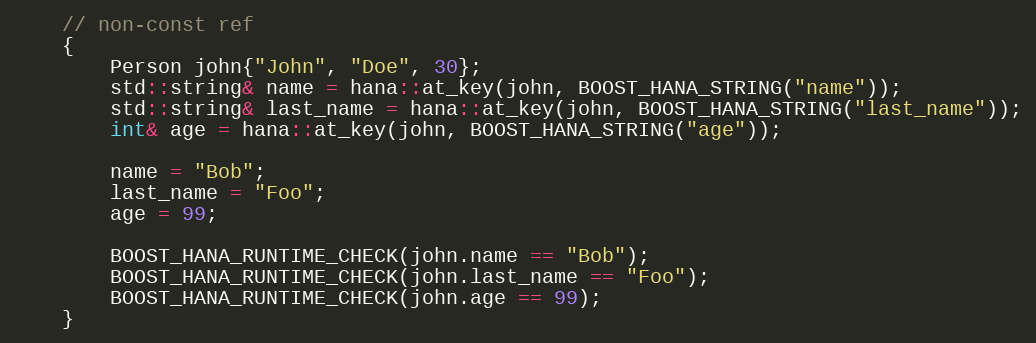
Language: C++
    // non-const ref
    {
        Person john{"John", "Doe", 30};
        std::string& name = hana::at_key(john, BOOST_HANA_STRING("name"));
        std::string& last_name = hana::at_key(john, BOOST_HANA_STRING("last_name"));
        int& age = hana::at_key(john, BOOST_HANA_STRING("age"));

        name = "Bob";
        last_name = "Foo";
        age = 99;

        BOOST_HANA_RUNTIME_CHECK(john.name == "Bob");
        BOOST_HANA_RUNTIME_CHECK(john.last_name == "Foo");
        BOOST_HANA_RUNTIME_CHECK(john.age == 99);
    }